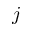
j